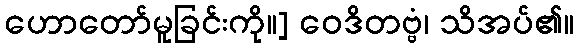
ဟောတော်မူခြင်းကို။] ဝေဒိတဗ္ဗံ၊ သိအပ်၏။